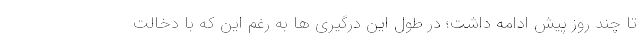
تا چند روز پیش ادامه داشت؛ در طول این درگیری ها به رغم این که با دخالت